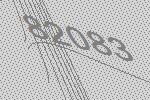
82083